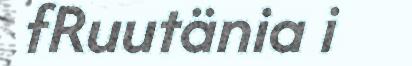
fRuutänia i